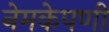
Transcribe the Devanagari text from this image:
नेमकेपणी